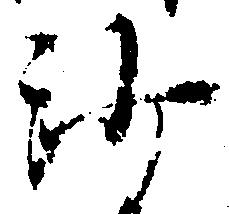
沙